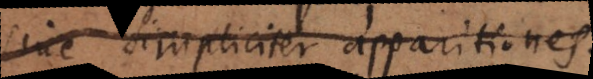
sive simpliciter apparitiones.